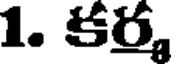
1. కర,